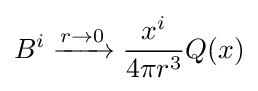
B^{i}\xrightarrow {r\rightarrow 0} {\frac {x^{i}}{4\pi r^{3}}}Q(x)